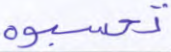
تحسبوه